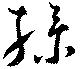
操